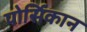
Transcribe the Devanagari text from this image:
पोर्सिकान